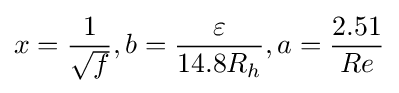
x={\frac {1}{\sqrt {f}}},b={\frac {\varepsilon }{14.8R_{h}}},a={\frac {2.51}{Re}}